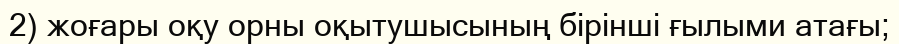
2) жоғары оқу орны оқытушысының бірінші ғылыми атағы;